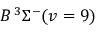
B \, { } ^ { 3 } \Sigma ^ { - } ( v = 9 )